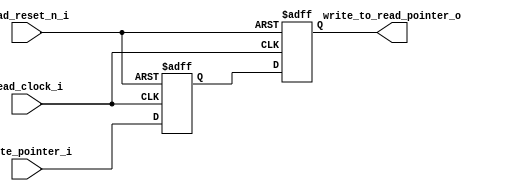
module write_to_read_syn_block 
#(
    parameter                       addr_size = 4
)
(
    input                           read_clock_i                                , //clock in read domain
    input                           read_reset_n_i                              , //reset active low signal from read domain
    input       [addr_size:0]       write_pointer_i                             , //write address pointer from write domain
    
    output reg  [addr_size:0]       write_to_read_pointer_o                       //write to read pointer 
);
    reg         [addr_size:0]       tem_write_to_read_pointer                   ; //temp variable for synchronize write -> read

    always @(posedge read_clock_i, negedge read_reset_n_i) 
    begin
        if (~read_reset_n_i)
            {write_to_read_pointer_o, tem_write_to_read_pointer} <= 0           ;
        else
            {write_to_read_pointer_o, tem_write_to_read_pointer} <=
                {tem_write_to_read_pointer, write_pointer_i}                    ;
    end

endmodule